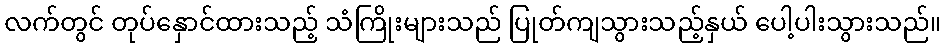
လက်တွင် တုပ်နှောင်ထားသည့် သံကြိုးများသည် ပြုတ်ကျသွားသည့်နှယ် ပေါ့ပါးသွားသည်။